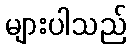
များပါသည်